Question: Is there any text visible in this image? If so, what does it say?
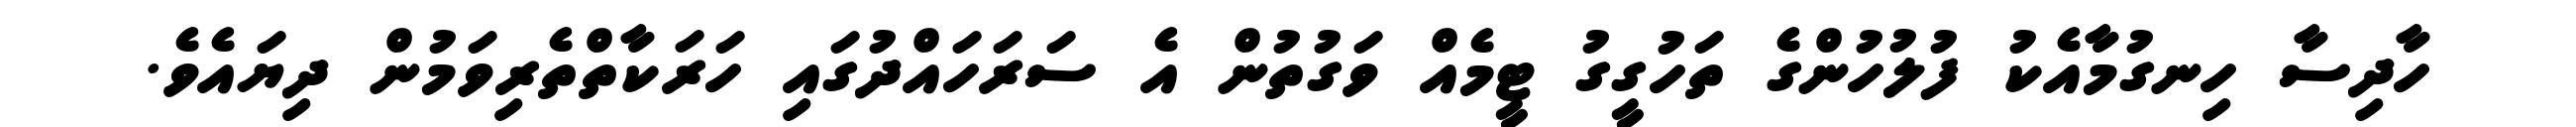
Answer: ހާދިސާ ހިނގުމާއެކު ފުލުހުންގެ ތަހުގީގު ޓީމެއް ވަގުތުން އެ ސަރަހައްދުގައި ހަރަކާތްތެރިވަމުން ދިޔައެވެ.